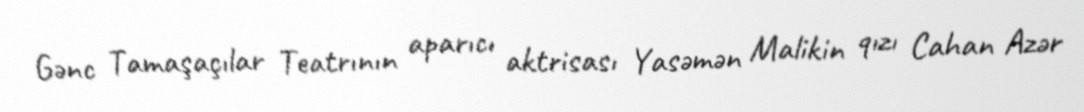
Gənc Tamaşaçılar Teatrının aparıcı aktrisası Yasəmən Malikin qızı Cahan Azər